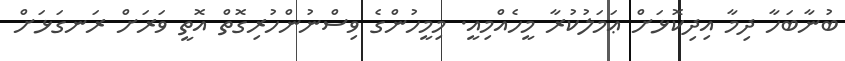
ބުނާބަހާ ދިމާ އިދިކޮޅަށް ޢަމަލުކުރާ މީހެއްމިއީ. މިމީހުންގެ ވިސްނުންހުރިގޮތް އޮތީ ވަރަށް ރަނގަޅަށް